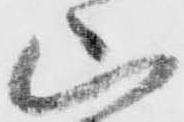
山